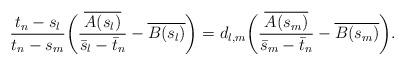
LaTeX: \begin{align*}\frac{t_n-s_l}{t_n -s_m} \bigg( \frac{\overline{A(s_l)}}{\bar s_l-\bar t_n}- \overline{B(s_l)}\bigg) = d_{l,m}\bigg( \frac{\overline{A(s_m)}}{\bar s_m-\bar t_n}- \overline{B(s_m)} \bigg).\end{align*}